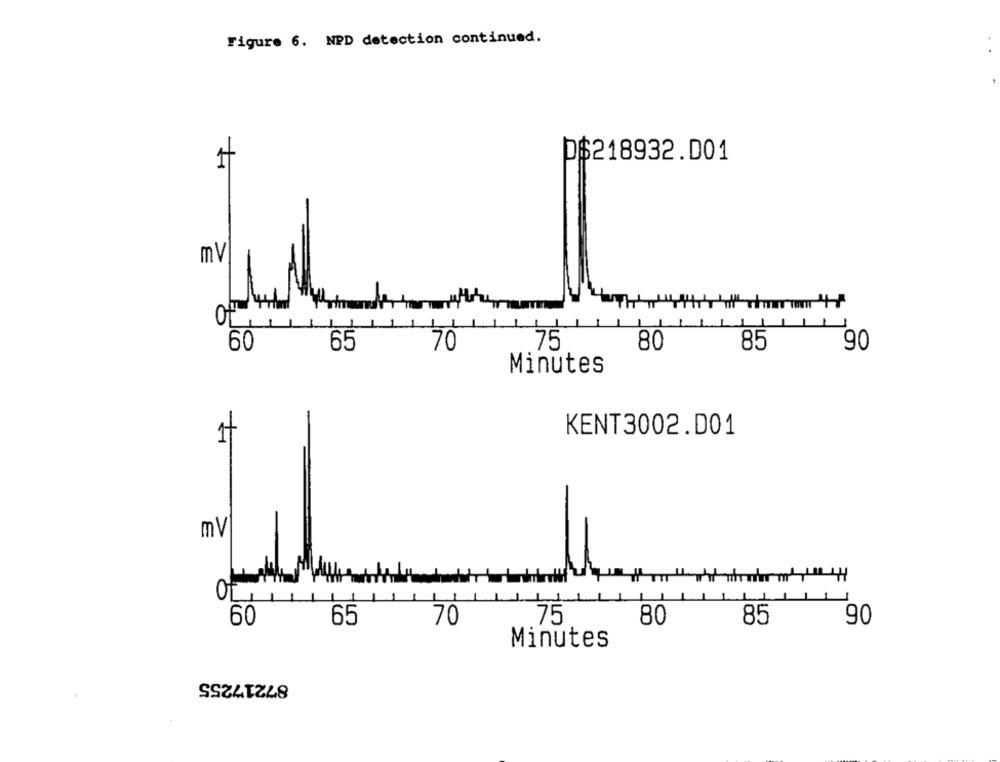
Figure 6. NPD detection continued.
D$218932.001
1
ml
60
65
70
75
80
85
90
Minutes
KENT3002.D01
mV
Of
60
65
70
75
80
85
90
Minutes
87217255